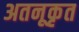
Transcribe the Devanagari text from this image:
अतनूकृत